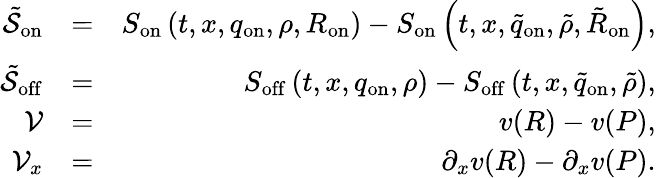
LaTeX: \begin{array}{rlr}{\tilde{\mathcal{S}}_{\mathrm{on}}}&{=}&{S_{\mathrm{on}}\left(t,x,q_{\mathrm{on}},\rho,R_{\mathrm{on}}\right)-S_{\mathrm{on}}\left(t,x,\tilde{q}_{\mathrm{on}},\tilde{\rho},\tilde{R}_{\mathrm{on}}\right),}\\ {\tilde{\mathcal{S}}_{\mathrm{off}}}&{=}&{S_{\mathrm{off}}\left(t,x,q_{\mathrm{on}},\rho\right)-S_{\mathrm{off}}\left(t,x,\tilde{q}_{\mathrm{on}},\tilde{\rho}\right),}\\ {\mathcal{V}}&{=}&{v(R)-v(P),}\\ {\mathcal{V}_{x}}&{=}&{\partial_{x}v(R)-\partial_{x}v(P).}\end{array}